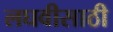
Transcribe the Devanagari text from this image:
लघवीसाठी